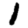
Digit: 1